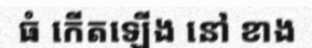
ធំ កើតឡើង នៅ ខាង